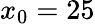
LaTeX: x_{0}=25